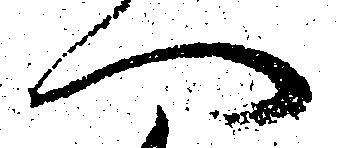
へ